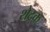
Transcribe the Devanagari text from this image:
शेद्रक